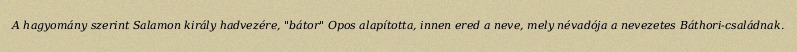
A hagyomány szerint Salamon király hadvezére, "bátor" Opos alapította, innen ered a neve, mely névadója a nevezetes Báthori-családnak.